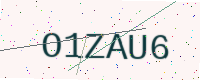
Text: O1ZAU6